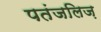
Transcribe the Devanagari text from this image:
पतंजलिज़